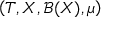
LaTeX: \left( T , X , { \mathcal { B } } ( X ) , \mu \right)